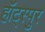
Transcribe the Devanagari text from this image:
हॉट्स्पुर